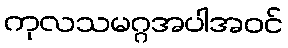
ကုလသမဂ္ဂအပါအဝင်